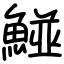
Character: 𩹁